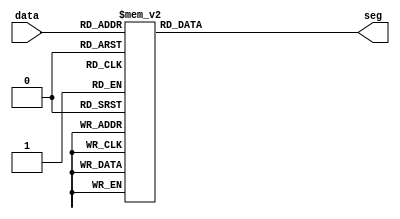
`timescale 1ns / 1ps

module Seg7_decoder(
    input wire [3:0] data,
    output reg [6:0] seg
    );
    always @ (*) begin
        case (data)
            4'h0: seg = 7'b1000000;
            4'h1: seg = 7'b1111001;
            4'h2: seg = 7'b0100100;
            4'h3: seg = 7'b0110000;
            4'h4: seg = 7'b0011001;
            4'h5: seg = 7'b0010010;
            4'h6: seg = 7'b0000010;
            4'h7: seg = 7'b1111000;
            4'h8: seg = 7'b0000000;
            4'h9: seg = 7'b0010000;
            4'hA: seg = 7'b0001000;
            4'hB: seg = 7'b0000011;
            4'hC: seg = 7'b1000110;
            4'hD: seg = 7'b0100001;
            4'hE: seg = 7'b0000110;
            4'hF: seg = 7'b0001110;
        endcase
    end
endmodule